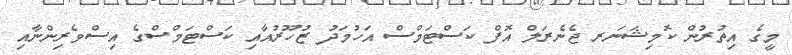
މީގެ އިތުރުން ކޮމިޝަނަރ ޖެނެރަލް އޮފް ކަސްޓަމްސް އަހުމަދު ޒުހޫރުއާއި ކަސްޓަމްސްގެ އިސްވެރިންނާއި